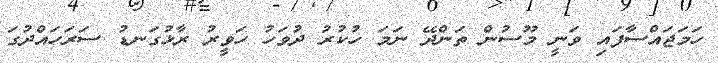
ހަމަޖައްސާފައި ވަނީ މޫސުން ތަންދޭ ނަމަ ހުކުރު ދުވަހު ހަވީރު ރާޅުގަނޑު ސަރަހައްދުގަ